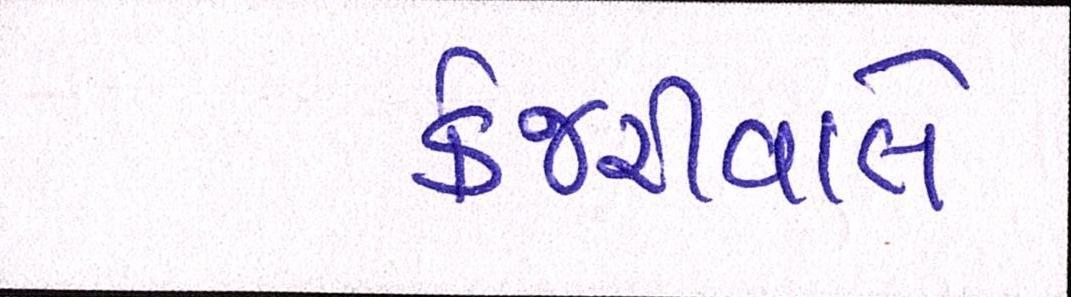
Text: કેજરીવાલે